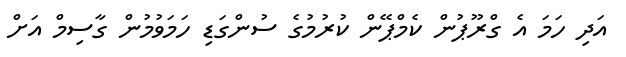
އަދި ހަމަ އެ ގްރޫޕުން ކެމްޕޭން ކުރުމުގެ ސުންގަޑި ހަމަވުމުން ގާސިމް އަށް